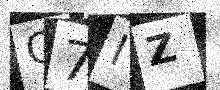
Text: C7IZ